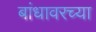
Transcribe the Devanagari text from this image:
बांधावरच्या